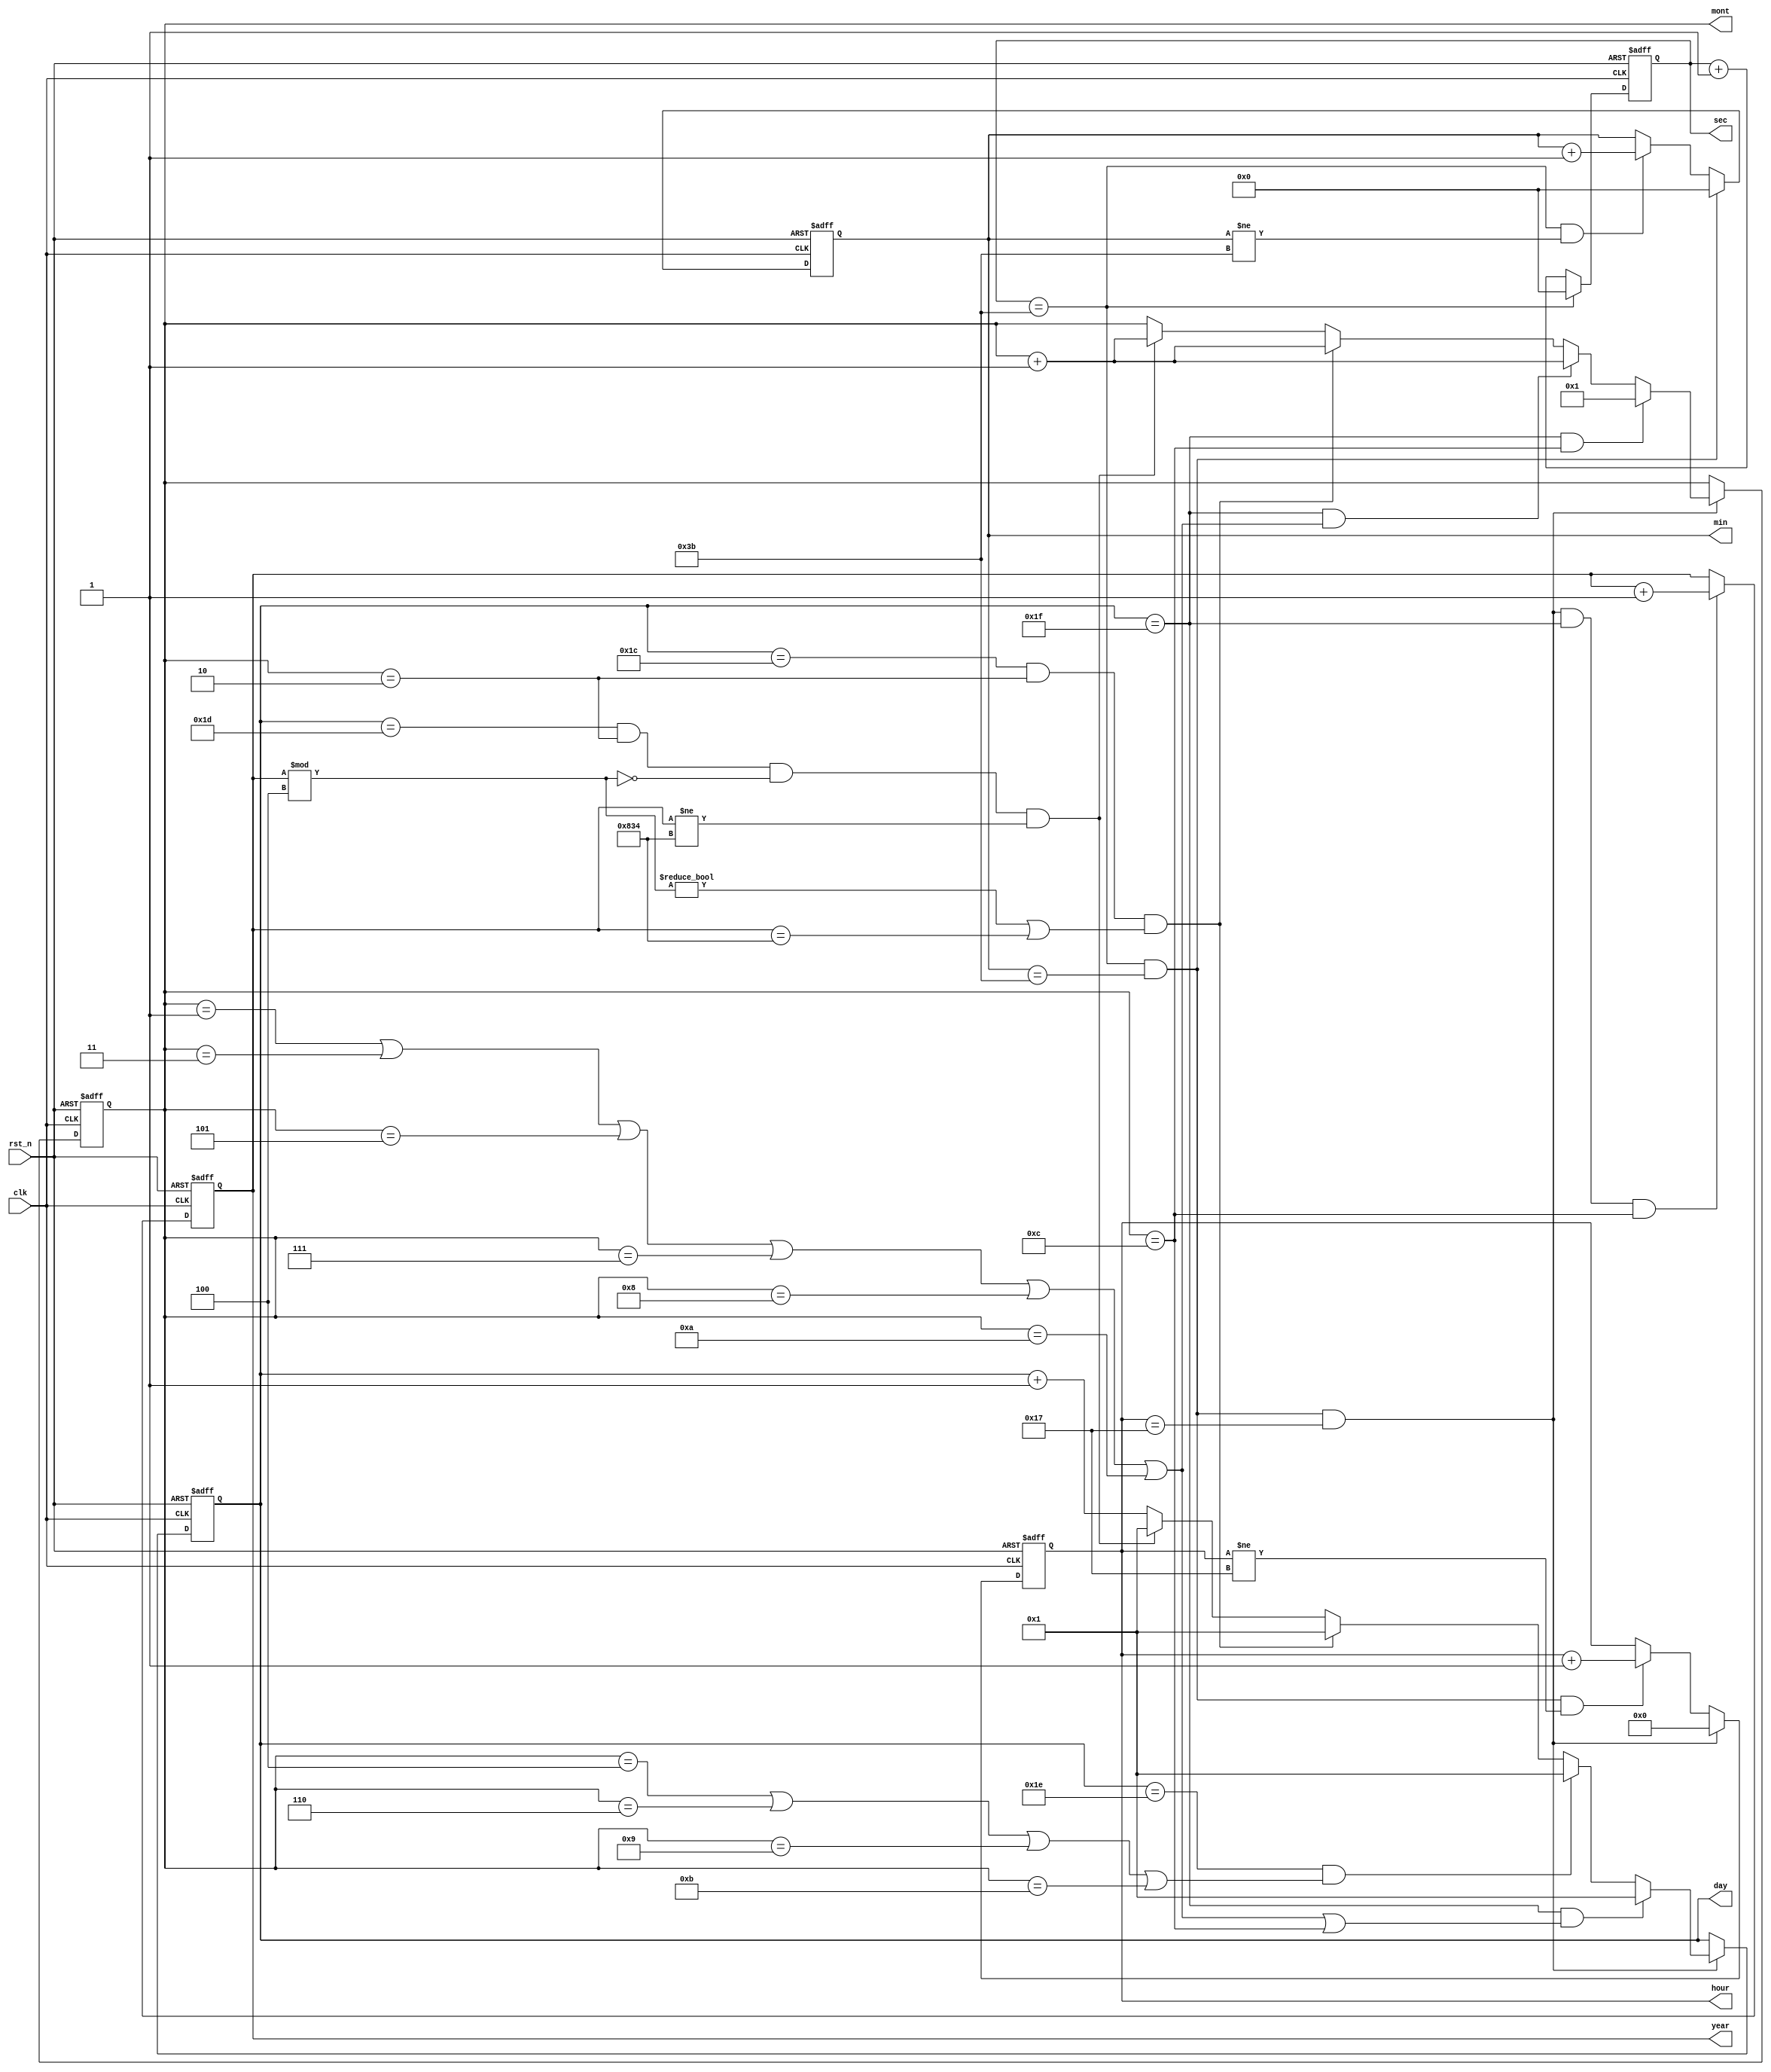
module donghotheky(clk, rst_n, sec, min, hour, day, mont, year);
	input				clk;
	input				rst_n;
	output reg [5:0]	sec;
	output reg [5:0]	min;
	output reg [4:0]	hour;
	output reg [4:0]	day;
	output reg [3:0]	mont;
	output reg [12:0]	year;
	
	//Khong duoc phep co initial
	
    always @(posedge clk or negedge rst_n) begin
        if(~rst_n) sec <= 0;
        else begin
            if(sec == 59) sec <= 0;
            else sec <= sec + 1;
        end
    end
    
     always @(posedge clk or negedge rst_n) begin
        if(~rst_n) min <= 0;
        else begin
            if (sec==59 && min==59) min<=0;
            else if (sec==59 && min!=59) min<=min+1;
            else min<=min;
        end
     end
     
     always @(posedge clk or negedge rst_n) begin
        if (~rst_n) hour <= 0;
        else begin
            if (sec==59 && min==59 && hour==23) hour<=0;
            else if (sec==59 && min ==59 && hour!=23) hour<=hour+1;
            else hour<=hour;
        end
     end
     
     always @(posedge clk or negedge rst_n) begin
        if (~rst_n) day <=1;
        else begin
            if (sec==59 && min==59 && hour==23) begin
                if ( day==31 && (mont==1||mont==3||mont==5||mont==7||mont==8||mont==10||mont==12) ) day<=1;
                else if ( day==30 && (mont==4||mont==6||mont==9||mont==11) ) day<=1;
                else if ( day==28 && mont==2 && (year%4!=0 || year==2100) ) day<=1;
                else if ( day==29 && mont==2 && year%4==0 && year!=2100 ) day<=1;
                else day<=day+1;
            end
            else day<=day;
        end
     end
     
    always @(posedge clk or negedge rst_n) begin
        if (~rst_n) mont <=1;
        else begin
            if (sec==59 && min==59 && hour==23) begin
                if (day==31 && mont==12) mont<=1;
                else if ( day==31 && (mont==1||mont==3||mont==5||mont==7||mont==8||mont==10) ) mont<=mont+1;
                else if ( day==28 && mont==2 && (year%4!=0 || year==2100) ) mont<=mont+1;
                else if ( day==29 && mont==2 && year%4==0 && year!=2100 ) mont<=mont+1;
                else mont<=mont;
            end
            else mont<=mont;
        end
    end
    
    always @(posedge clk or negedge rst_n) begin
        if (~rst_n) year <=2001;
        else if (sec==59 && min==59 && hour==23 && day==31 && mont==12) year<=year+1;
        else year<=year;
    end
endmodule